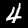
Digit: 4